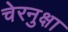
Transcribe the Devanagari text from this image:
चेरनुक्षा